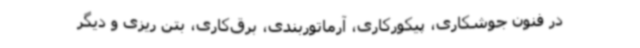
در فنون جوشکاری، پیکورکاری، آرماتوربندی، برق‌کاری، بتن ریزی و دیگر